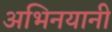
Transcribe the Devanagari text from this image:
अभिनयानी